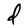
Character: d